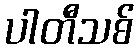
ပါတီသစ်